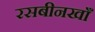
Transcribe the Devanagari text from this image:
रसबीनखाँ